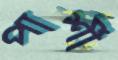
পার্শী